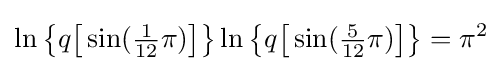
\ln {\bigl \{}q{\bigl [}\sin({\tfrac {1}{12}}\pi ){\bigr ]}{\bigr \}}\ln {\bigl \{}q{\bigl [}\sin({\tfrac {5}{12}}\pi ){\bigr ]}{\bigr \}}=\pi ^{2}